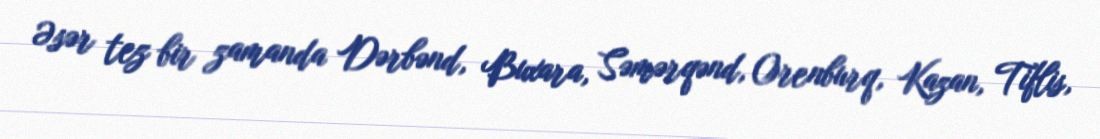
Əsər tez bir zamanda Dərbənd, Buxara, Səmərqənd, Orenburq, Kazan, Tiflis,